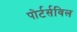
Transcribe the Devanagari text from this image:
पोर्टर्सविल